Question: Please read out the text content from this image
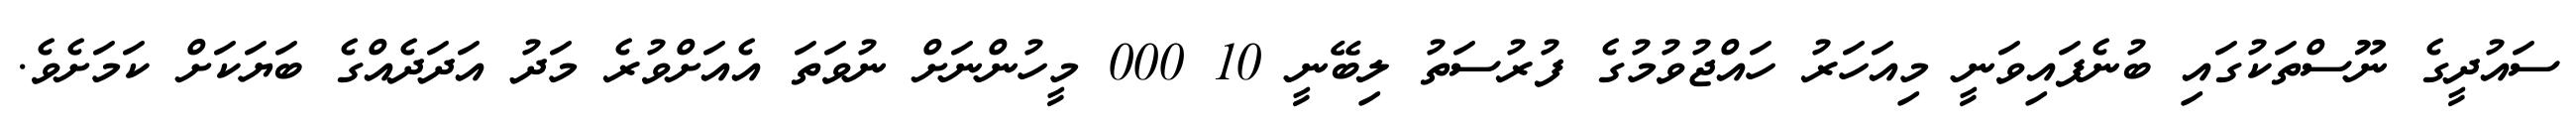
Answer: ސައުދީގެ ނޫސްތަކުގައި ބުނެފައިވަނީ މިއަހަރު ހައްޖުވުމުގެ ފުރުސަތު ލިބޭނީ 10 000 މީހުންނަށް ނުވަތަ އެއަށްވުރެ މަދު އަދަދެއްގެ ބަޔަކަށް ކަމަށެވެ.